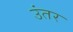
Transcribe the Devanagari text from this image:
उंतर